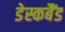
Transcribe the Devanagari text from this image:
डेस्कबैंड